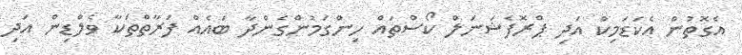
އެގޮތުން އެކަޑަމިކް އަދި ޕްރޮފެޝަނަލް ކޯސްތައް ހިންގަމުންގެންދާ ބައެއް ފަރާތްތަކާ ވެލްޑިން އަދި